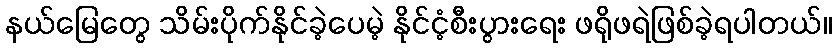
နယ်မြေတွေ သိမ်းပိုက်နိုင်ခဲ့ပေမဲ့ နိုင်ငံ့စီးပွားရေး ဖရိုဖရဲဖြစ်ခဲ့ရပါတယ်။